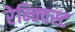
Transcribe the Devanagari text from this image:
रेन्क्विस्ट